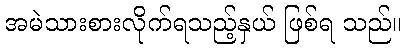
အမဲသားစားလိုက်ရသည့်နှယ် ဖြစ်ရ သည်။